65_HS1-834228961_62-HQ-83894_Section_7
Agency: FBI
Page 136
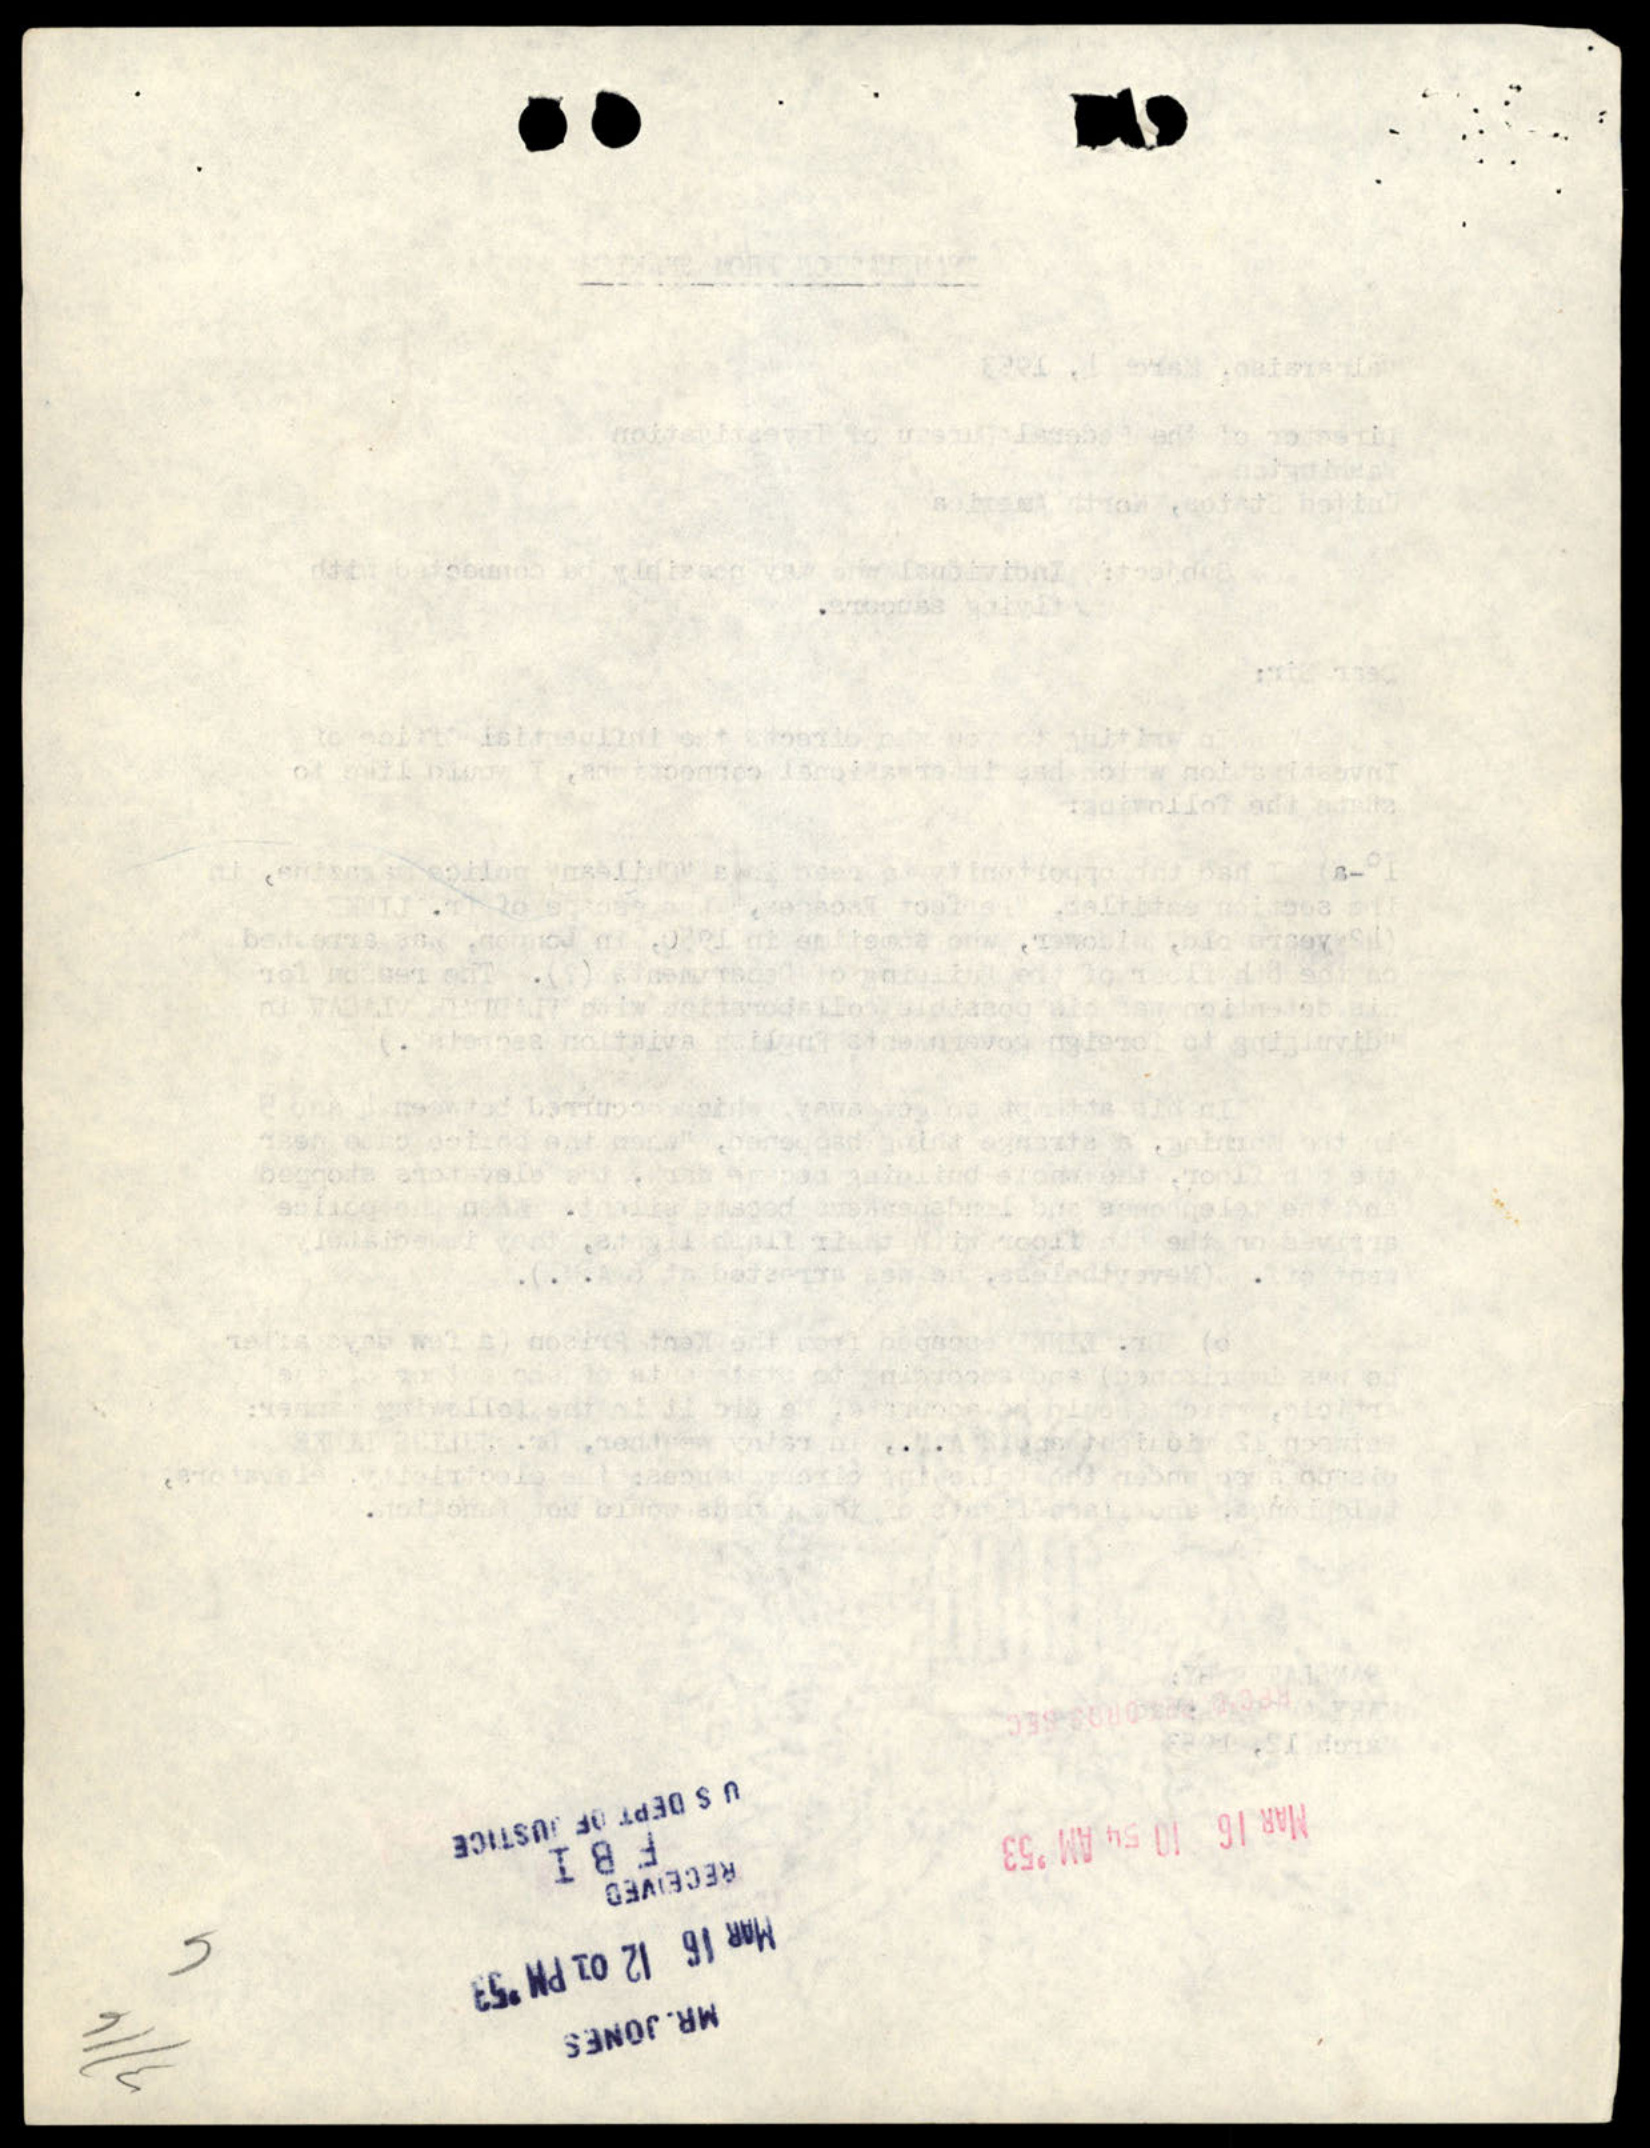